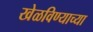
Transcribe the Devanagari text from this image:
खेळविण्याच्या